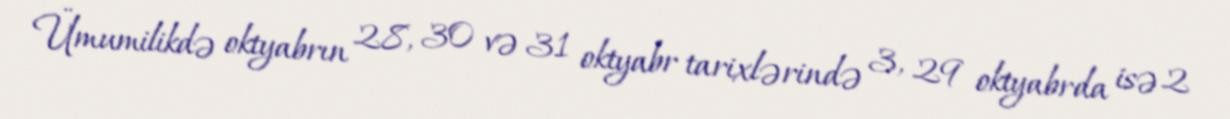
Ümumilikdə oktyabrın 28, 30 və 31 oktyabr tarixlərində 3, 29 oktyabrda isə 2